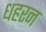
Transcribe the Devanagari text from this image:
धहरन